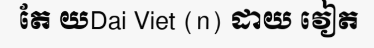
តែ យDai Viet (n) ដាយ វៀត